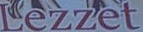
Lezzet